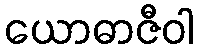
ယောဓာဇီဝါ